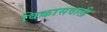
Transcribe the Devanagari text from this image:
विकासवाली